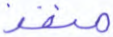
منفذ